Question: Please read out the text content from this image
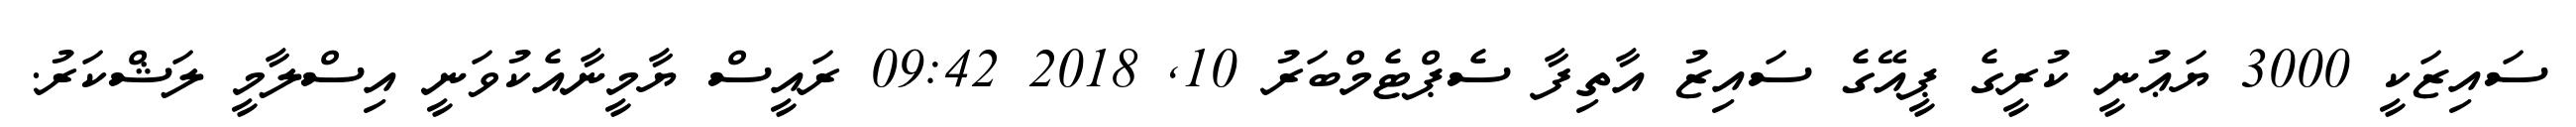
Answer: ސައިޒަކީ 3000 ޔަޢުނީ ކުރީގެ ޕީއޭގެ ސައިޒު އާތިފާ ސެޕްޓެމްބަރު 10, 2018 09:42 ރައީސް ޔާމީނާއެކުވަނީ އިސްލާމީ ލަޝްކަރު.